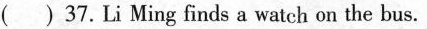
( ) 37. Li Ming finds a watch on the bus.